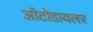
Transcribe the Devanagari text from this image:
ऑटोडायलर